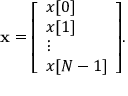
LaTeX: \mathbf { x } = { \left[ \begin{array} { l } { x [ 0 ] } \\ { x [ 1 ] } \\ { \vdots } \\ { x [ N - 1 ] } \end{array} \right] } .